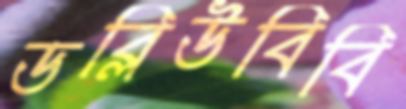
ডব্লিউবিবি